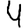
Digit: 4